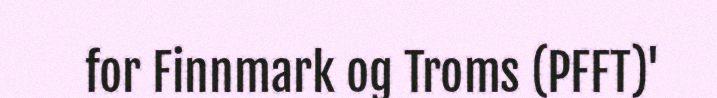
for Finnmark og Troms (PFFT)'